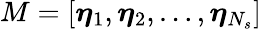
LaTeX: M=[\boldsymbol{\eta}_{1},\boldsymbol{\eta}_{2},\dots,\boldsymbol{\eta}_{N_{s}}]